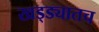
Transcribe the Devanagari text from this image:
खड्ड्यातच